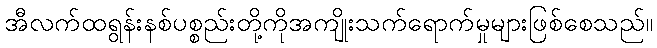
အီလက်ထရွန်းနစ်ပစ္စည်းတို့ကိုအကျိုးသက်ရောက်မှုများဖြစ်စေသည်။